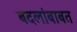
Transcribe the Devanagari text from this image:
बदलांबाबत